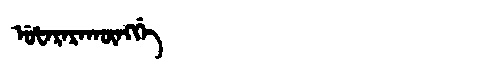
Manchu: ᡠᡶᠠᡵᠠᡵᠠᡴᡡᠩᡤᡝ
Romanization: UFARARAKŪNGGE